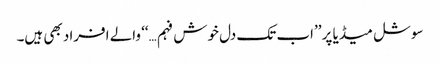
سوشل میڈیا پر ’’اب تک دل خوش فہم…‘‘ والے افراد بھی ہیں۔